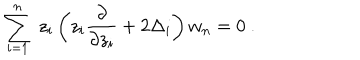
LaTeX: \sum _ { i = 1 } ^ { n } \ z _ { i } \left( z _ { i } { \frac { \partial } { \partial z _ { i } } } + 2 \Delta _ { i } \right) w _ { n } = 0 \ .